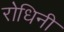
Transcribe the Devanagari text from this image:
रोधिनी